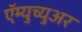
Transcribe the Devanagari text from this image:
ऍम्युच्युअर